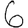
Digit: 6